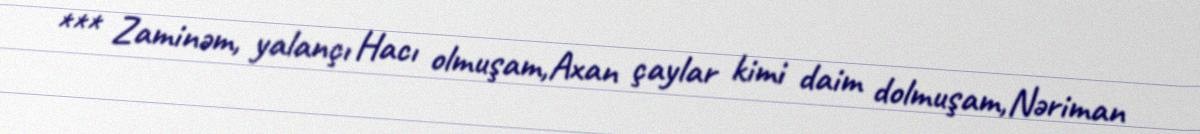
*** Zaminəm, yalançı Hacı olmuşam,Axan çaylar kimi daim dolmuşam,Nəriman